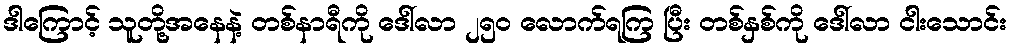
ဒါကြောင့် သူတို့အနေနဲ့ တစ်နာရီကို ဒေါ်လာ ၂၅၀ လောက်ရကြ ပြီး တစ်နှစ်ကို ဒေါ်လာ ငါးသောင်း